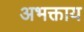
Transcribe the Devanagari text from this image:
अभक्ताय